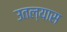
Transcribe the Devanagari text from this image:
उतल्यास